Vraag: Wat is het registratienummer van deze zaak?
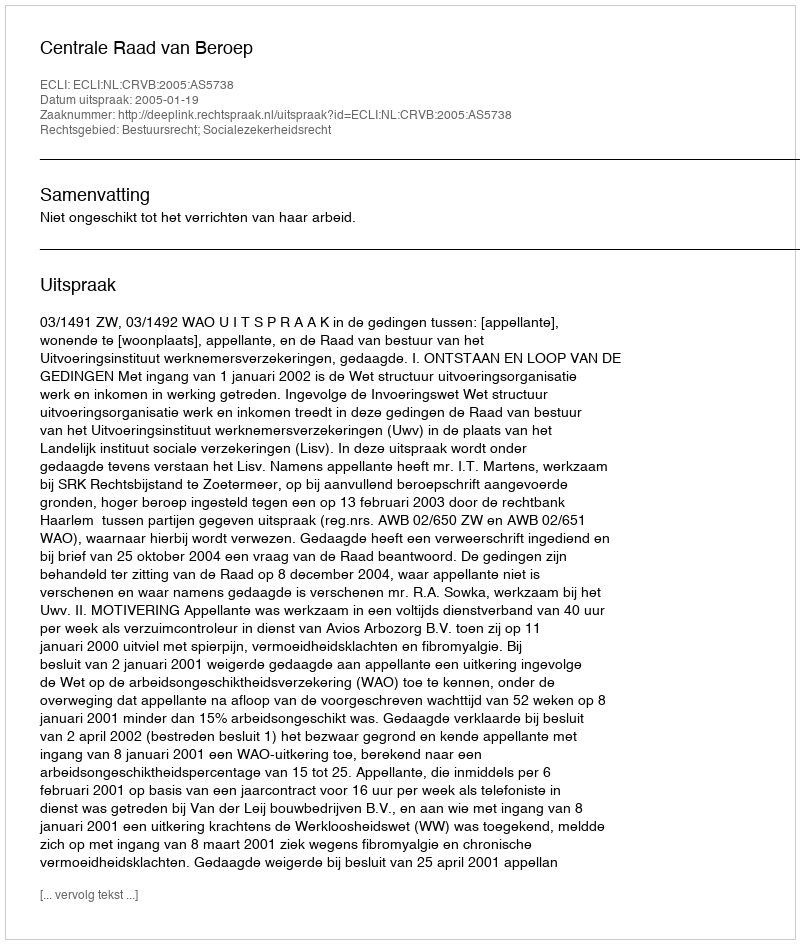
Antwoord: http://deeplink.rechtspraak.nl/uitspraak?id=ECLI:NL:CRVB:2005:AS5738